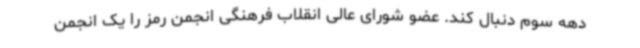
دهه سوم دنبال کند. عضو شورای عالی انقلاب فرهنگی انجمن رمز را یک انجمن